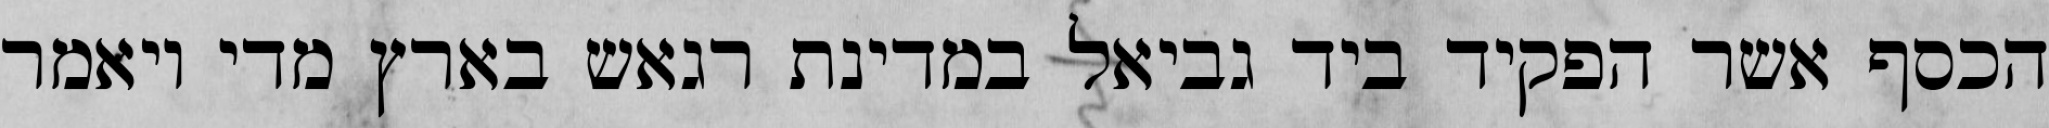
הכסף אשר הפקיד ביד גביאל במדינת רגאש בארץ מדי ויאמר